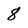
Character: 8